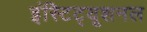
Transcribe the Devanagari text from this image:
इंस्टिट्यूशनल